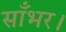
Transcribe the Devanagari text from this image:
साँभर।